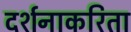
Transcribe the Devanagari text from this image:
दर्शनाकरिता